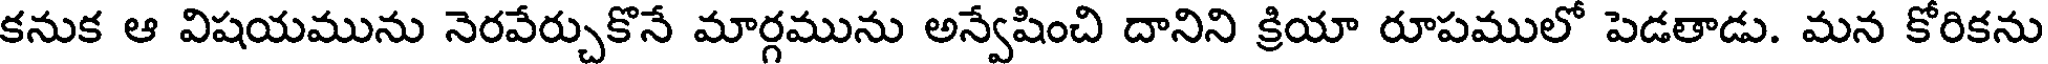
కనుక ఆ విషయమును నెరవేర్చుకొనే మార్గమును అన్వేషించి దానిని క్రియా రూపములో పెడతాడు. మన కోరికను